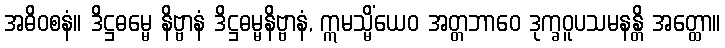
အဓိဝစနံ။ ဒိဋ္ဌဓမ္မေ နိဗ္ဗာနံ ဒိဋ္ဌဓမ္မနိဗ္ဗာနံ, ဣမသ္မိံယေဝ အတ္တဘာဝေ ဒုက္ခဝူပသမနန္တိ အတ္ထော။